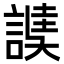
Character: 䜁